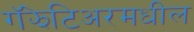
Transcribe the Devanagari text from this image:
गॅझेटिअरमधील